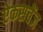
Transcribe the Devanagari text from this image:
ऐकसचेंज